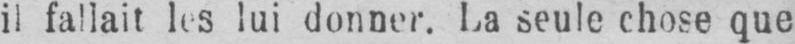
il fallait les lui donner. La seule chose que